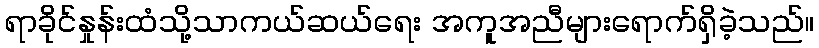
ရာခိုင်နှုန်းထံသို့သာကယ်ဆယ်ရေး အကူအညီများရောက်ရှိခဲ့သည်။